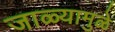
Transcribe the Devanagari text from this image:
जाळ्यामुळे